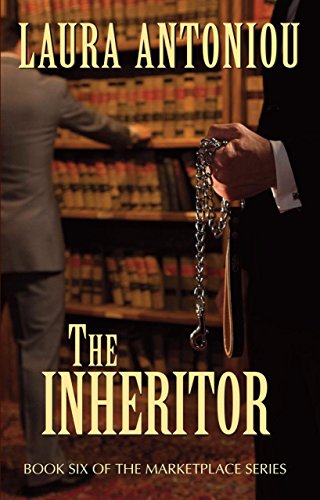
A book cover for The Inheritor: Book Six of The Marketplace Series; Laura Antoniou; Romance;